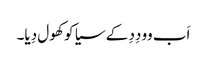
اَب وو دِدِ کے سیا کو کھول دِیا۔